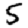
Digit: 5